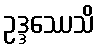
ဥဒ္ဒဿေသိ